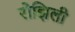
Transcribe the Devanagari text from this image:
रोझिली